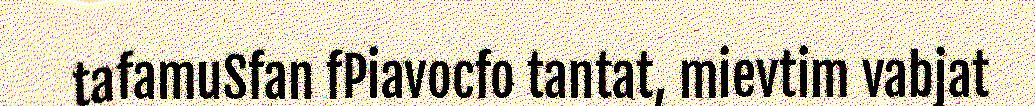
tafamuSfan fPiavocfo tantat, mievtim vabjat